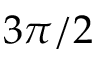
3 \pi / 2